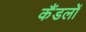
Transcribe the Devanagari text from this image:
कैंडलों